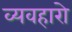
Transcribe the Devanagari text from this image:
व्यवहारो